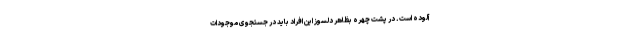
آلوده است. در پشت چهره بظاهر دلسوز این افراد باید در جستجوی موجودات